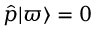
{ \hat { p } } | \varpi \rangle = 0